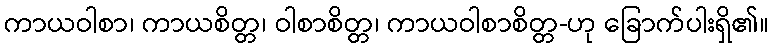
ကာယဝါစာ၊ ကာယစိတ္တ၊ ဝါစာစိတ္တ၊ ကာယဝါစာစိတ္တ-ဟု ခြောက်ပါးရှိ၏။